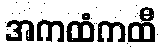
အကထံကထီ